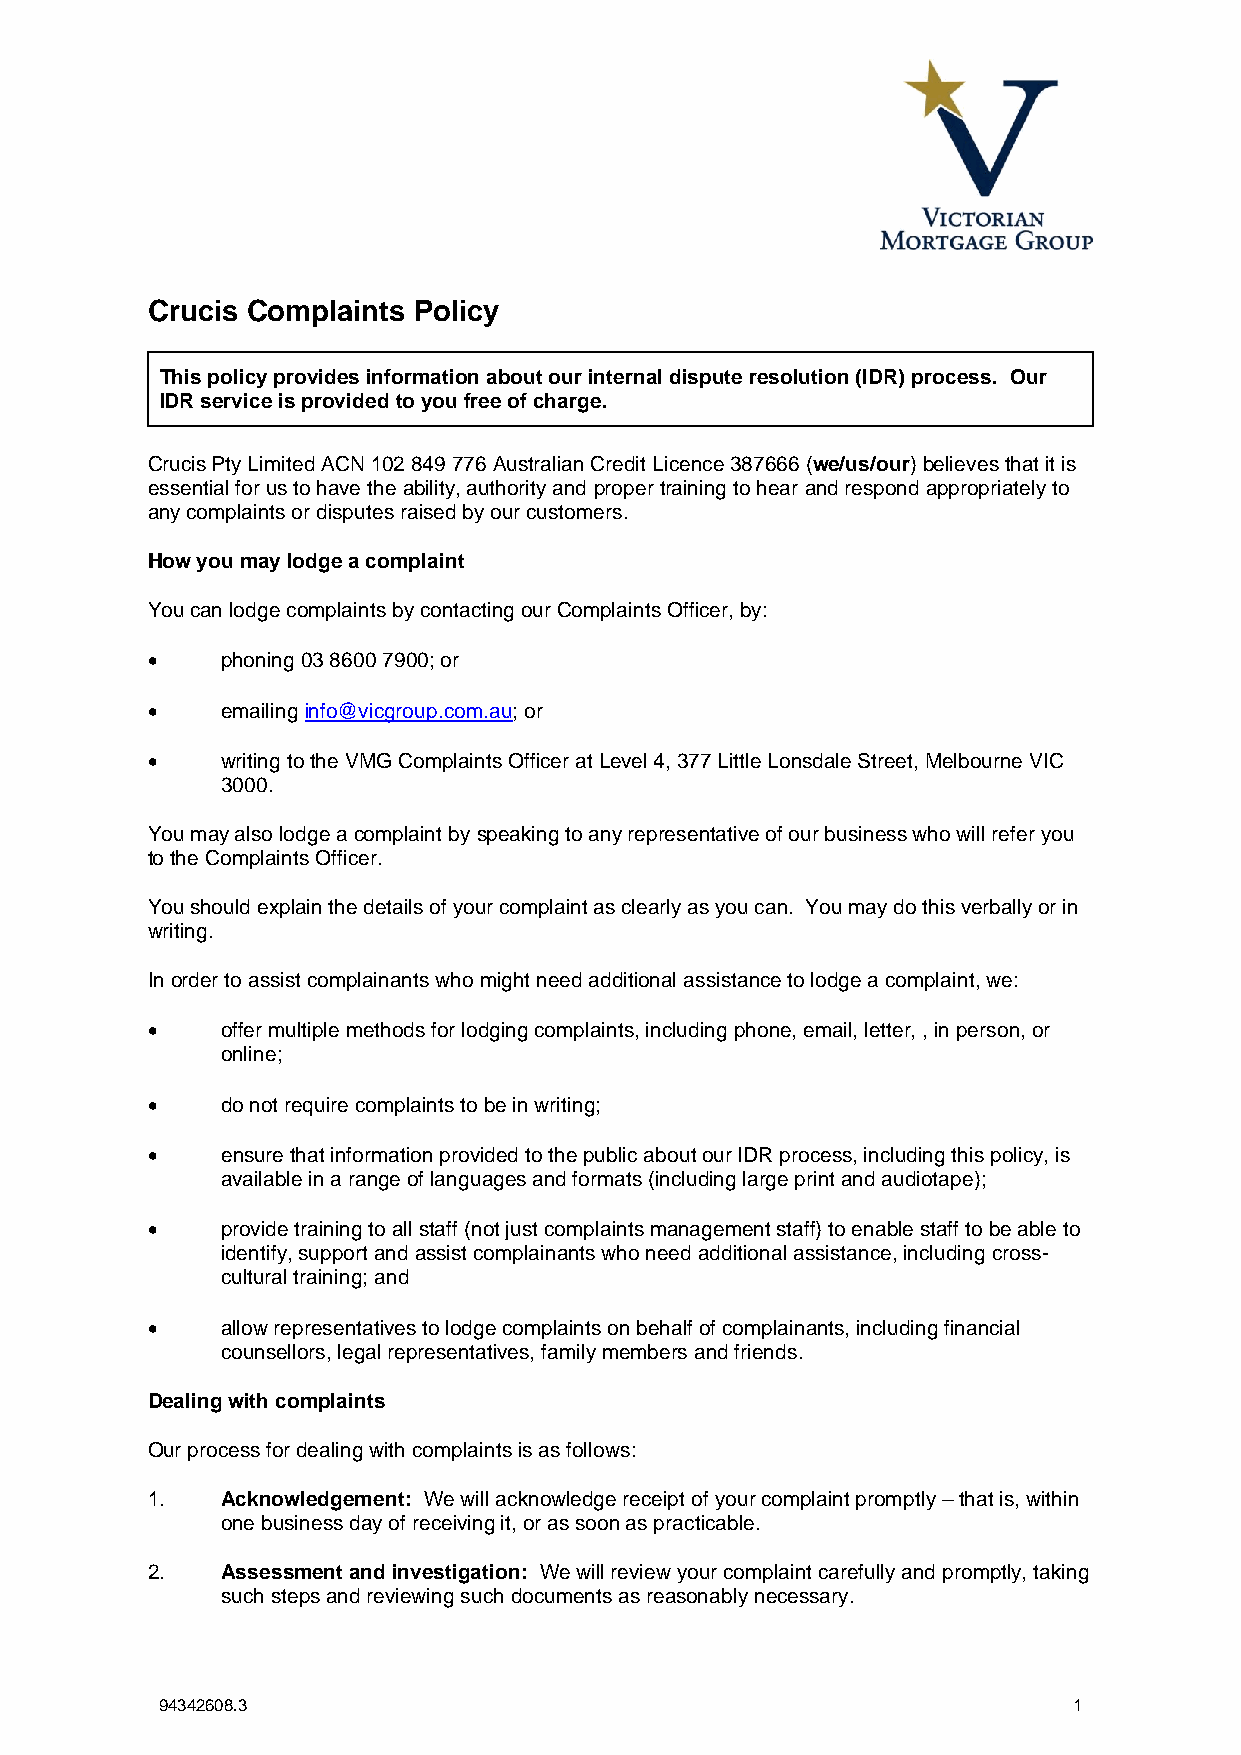
Crucis Complaints Policy
 This policy provides information about our internal dispute resolution (IDR) process. Our
 IDR service is provided to you free of charge.
 Crucis Pty Limited ACN 102 849 776 Australian Credit Licence 387666 (we/us/our) believes that it is
 essential for us to have the ability, authority and proper training to hear and respond appropriately to
 any complaints or disputes raised by our customers.
 How you may lodge a complaint
 You can lodge complaints by contacting our Complaints Officer, by:
 •    phoning 03 8600 7900; or
 •    emailing info@vicgroup.com.au; or
 •    writing to the VMG Complaints Officer at Level 4, 377 Little Lonsdale Street, Melbourne VIC
 3000.
 You may also lodge a complaint by speaking to any representative of our business who will refer you
 to the Complaints Officer.
 You should explain the details of your complaint as clearly as you can. You may do this verbally or in
 writing.
 In order to assist complainants who might need additional assistance to lodge a complaint, we:
 •    offer multiple methods for lodging complaints, including phone, email, letter, , in person, or
 online;
 •    do not require complaints to be in writing;
 •    ensure that information provided to the public about our IDR process, including this policy, is
 available in a range of languages and formats (including large print and audiotape);
 •    provide training to all staff (not just complaints management staff) to enable staff to be able to
 identify, support and assist complainants who need additional assistance, including cross-
 cultural training; and
 •    allow representatives to lodge complaints on behalf of complainants, including financial
 counsellors, legal representatives, family members and friends.
 Dealing with complaints
 Our process for dealing with complaints is as follows:
 1.   Acknowledgement: We will acknowledge receipt of your complaint promptly – that is, within
 one business day of receiving it, or as soon as practicable.
 2.   Assessment and investigation: We will review your complaint carefully and promptly, taking
 such steps and reviewing such documents as reasonably necessary.
 94342608.3                                                  1